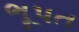
ભૂપત